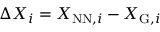
\Delta X _ { i } = X _ { \mathrm { N N } , i } - X _ { \mathrm { G } , i }